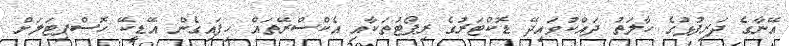
އޭނާގެ ދަރިފުޅުގެ ހާލަތު ދައްކުވައިދޭ ޑޮކްޓަރުގެ ރިޕޯޓުތަކާއި އެކްސްރޭތައް ހިފައިގެން އޭޑީކޭ ހޮސްޕިޓަލަށް